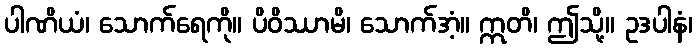
ပါဏိယံ၊ သောက်ရေကို။ ပိဝိဿာမိ၊ သောက်အံ့။ ဣတိ၊ ဤသို့။ ဥဒပါနံ၊